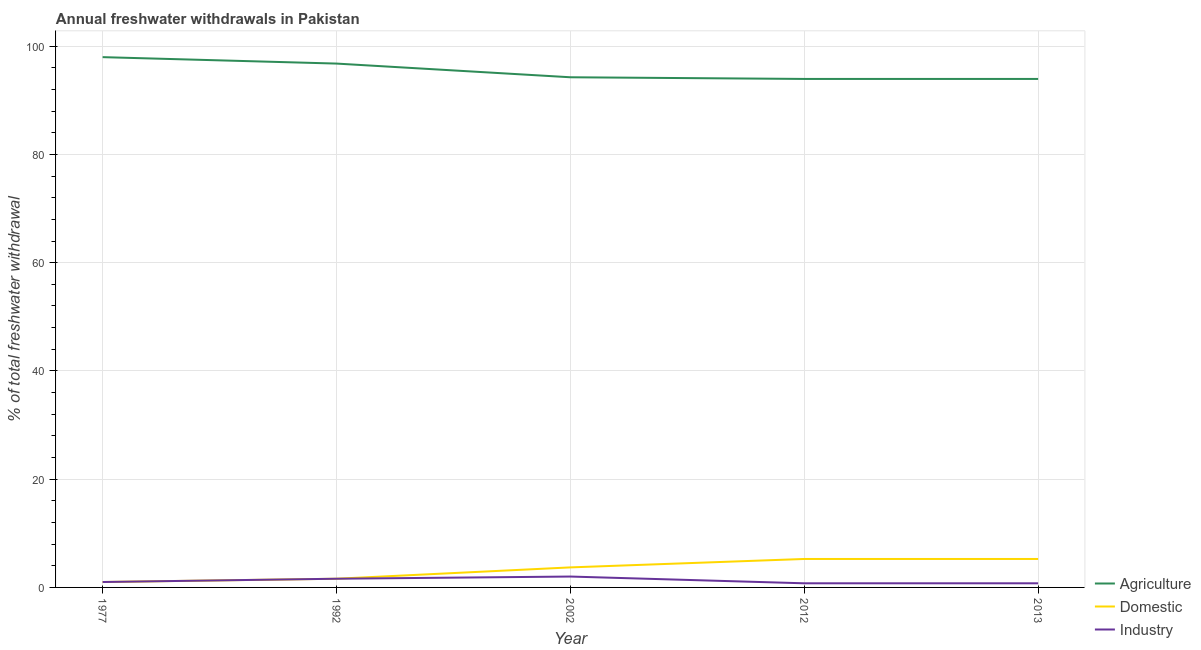
| Year | Agriculture | Domestic | Industry |
 | --- | --- | --- | --- |
 | 1977 | 98 | 1 | 1 |
 | 1992 | 96.8 | 1.61 | 1.61 |
 | 2002 | 94.3 | 3.7 | 2.01 |
 | 2012 | 94 | 5.26 | 0.763 |
 | 2013 | 94 | 5.26 | 0.763 |